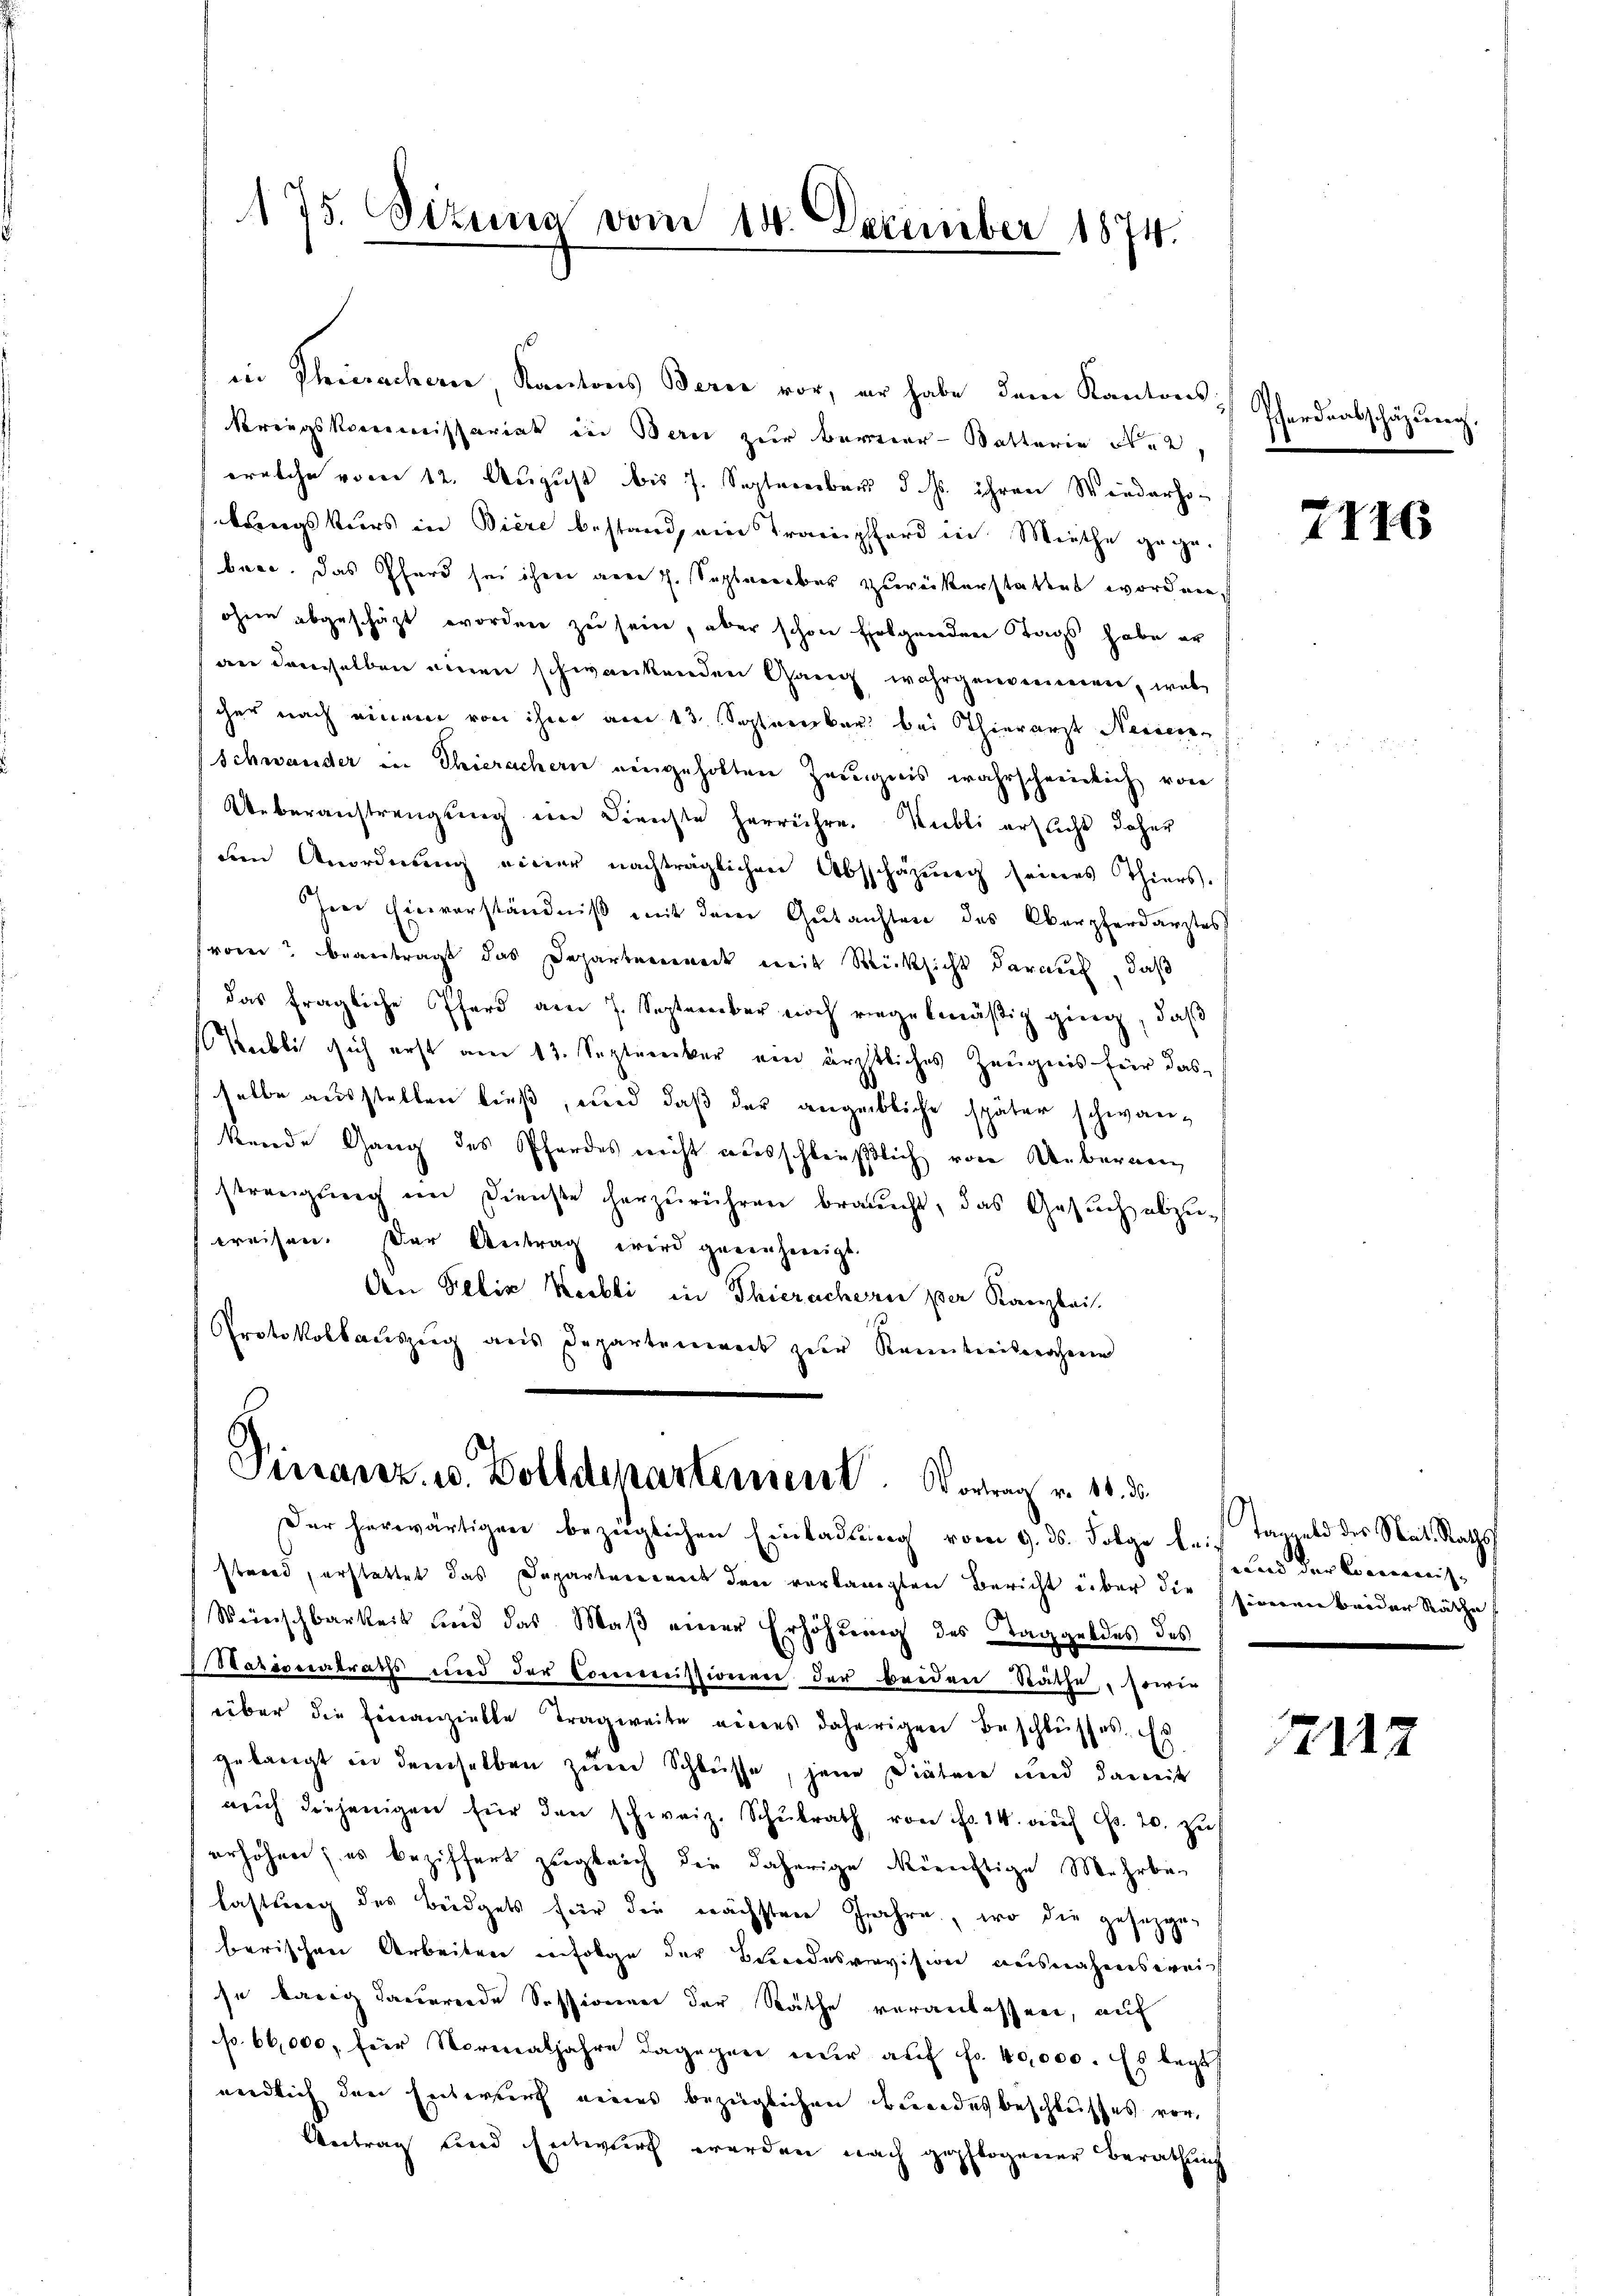
175. Sizung vom 14. Dezember 1874.

in Theiwachern Kantons Berei vor, er habe dem Kantons-
Kriegskommissariat in Bern zur Berner-Batterie See,
welche vom 12. August bis 7. September d. Js. ihren Wiederhobungskurs in Biere bestand ein Trampferd in Miethe gegebuce. Das Pfarr sei ihren gere J. September zurückerstattet worden,
ohne abgeschäzt worden zu sein, aber schon folgenden Tags habe er
an denselben einen schwankenden Gang wahrgenommen, was
cher nach einem von ihm am 13. September bei Thierarzt Neiden
Schwander in Thierachern eingeholten Zeugnis wahrscheinlich von
Ueberanstrengung im Dienste herrühre. Kubli erflicht daher
den Anordnung einer nachträglichen Abschäzŭng seines Thiers.
Irei hievorständniß mit dem Gutachten des Oberpferdarztes
von? beantragt das Departenwerk mit Rücksicht darauf, daß
das fragliche Pferd am 7. September noch riegelmäßig ging, daß
Kubli sich erst am 13. September ein ärztliches Zeugnis für das
selbe ausstellen ließ, und daß der angebliche später schwankende Gang des Pferdes nicht ausschleußlich von Uebernen
strengŭng im Dienste herzŭrühren braucht, das Gesŭch abzuweisen. Der Antrag wird genehmigt.
Aen Felix Weibli in Thieracherie per Kanzlei.
Protokollauszug aus Departement zur Renteilnahme

Finanz, u. Zolldepartement. Vortrag v. 10. d.
Der herwärtigen bezüglichen Einladung vom 9. ds. Folge bei Tanzeld des Nat. Raths

stand, erstattet das Departerrent den verlangten Bericht über die sienen beider Räthe
Weinschbarkeit und das Maβ einer Erhöhŭng des Taggeldes des
Nationalraths und der Commissionen der beiden Räthe, sowie
über die Finanzielle Tragweite eines daherigen Beschlüsses. Es
gelangt in demselben zum Schlüsse, jene Diätere und damit
arich diejenigen für den schweiz. Schŭlrath von fr. 14. aŭf c. 20. zu
erhöhen; es beziffert zugleich die daherige Richtige Mehrbar
lastung des Büdgets für die nächsten Jahre, wo die gesezgeberischen Arbeiten erfolge der Bundesvervision ausnahmsweis
se karig dauerende Sessionen der Räthe veranlassen, auf
p. 60,000, für Normaljahre dagegen nur auf fr. 40,000. Es begu
endlich den Entwurf eines bezüglichen Bundesbeschlusses vor
Vertrag und Entwurf werden nach gepflogener Berathung

Pferdeabschäzung.

7116

und der Conciennis- |

2127